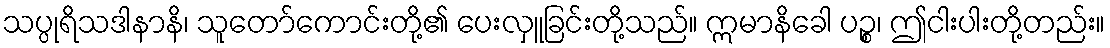
သပ္ပုရိသဒါနာနိ၊ သူတော်ကောင်းတို့၏ ပေးလှူခြင်းတို့သည်။ ဣမာနိခေါ ပဉ္စ၊ ဤငါးပါးတို့တည်း။